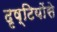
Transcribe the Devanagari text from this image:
दृष्टियोंसे